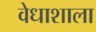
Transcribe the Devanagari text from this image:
वेधाशाला